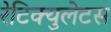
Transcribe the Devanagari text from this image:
रेटिक्युलेटस